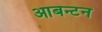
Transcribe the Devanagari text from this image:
आबन्टन